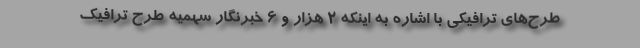
طرح‌های ترافیکی با اشاره به اینکه ۲ هزار و ۶ خبرنگار سهمیه طرح ترافیک